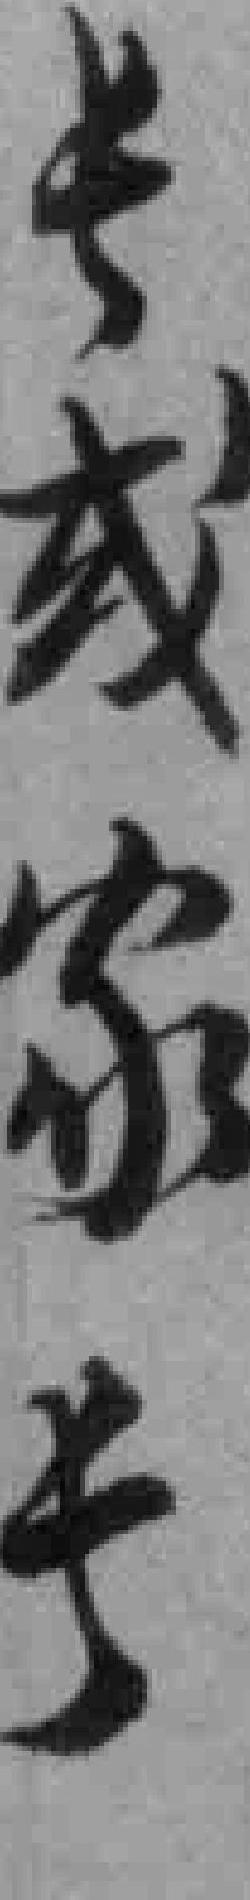
长或家长